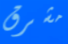
مشرق